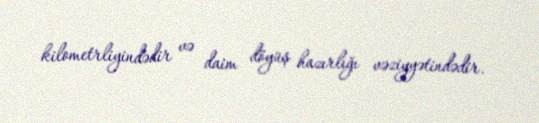
kilometrliyindədir və daim döyüş hazırlığı vəziyyətindədir.